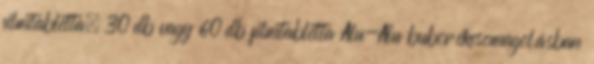
filmtabletta. 30 db vagy 60 db filmtabletta Alu-Alu buborékcsomagolásban